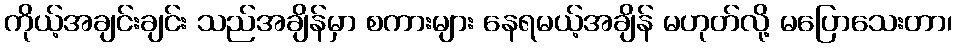
ကိုယ့်အချင်းချင်း သည်အချိန်မှာ စကားများ နေရမယ့်အချိန် မဟုတ်လို့ မပြောသေးတာ၊